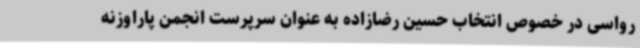
رواسی در خصوص انتخاب حسین رضازاده به عنوان سرپرست انجمن پاراوزنه‌